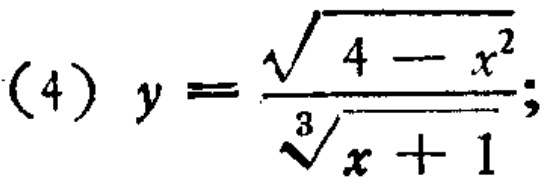
\[(4) \quad y = \frac{\sqrt{4 - x^{2}}}{\sqrt[3]{x + 1}};\]